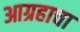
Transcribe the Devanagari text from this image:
आग्रहाचा